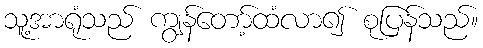
သူ့အာရုံသည် ကျွန်တော့်ထံလာ၍ စုပြန်သည်။